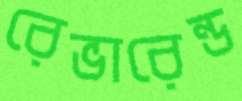
রেভারেন্ড